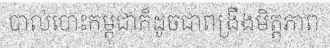
បាល់បោះកម្ពុជាក៏ដូចជាពង្រឹងមិត្តភាព